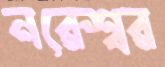
নরেশ্বর